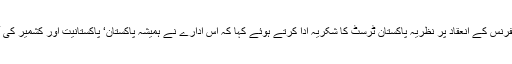
سردار محمد مسعود خان نے کانفرنس کے انعقاد پر نظریۂ پاکستان ٹرسٹ کا شکریہ ادا کرتے ہوئے کہا کہ اس ادارے نے ہمیشہ پاکستان‘ پاکستانیت اور کشمیر کی آزادی کا عَلم بلند کئے رکھا ہے۔